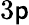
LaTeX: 3\mathsf{p}